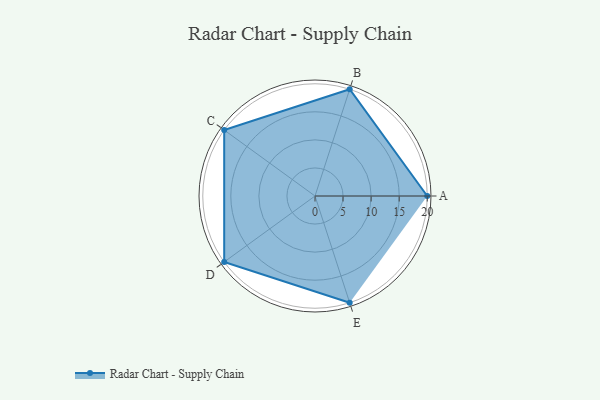
{"axis": {"x": "Skill", "y": "Score"}, "legend": ["Profile"], "data": [{"x": "A", "y": 20, "type": "Profile"}, {"x": "B", "y": 20, "type": "Profile"}, {"x": "C", "y": 20, "type": "Profile"}, {"x": "D", "y": 20, "type": "Profile"}, {"x": "E", "y": 20, "type": "Profile"}]}